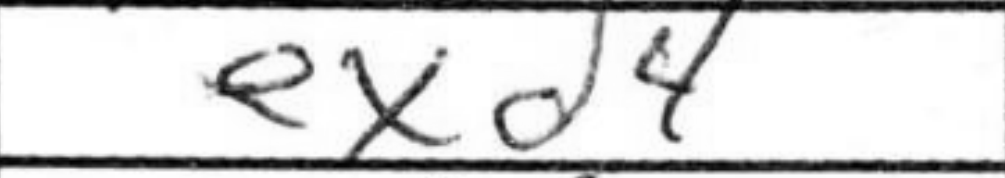
Transcription: exd4